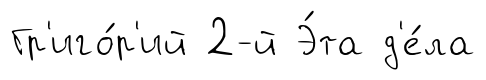
Гр'иго́р'ий 2-й Э́та д'е́ла